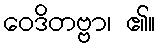
ဝေဒိတဗ္ဗာ၊ ၏။